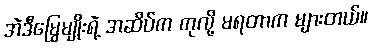
အဲဒီမြွေမျိုးရဲ့ အဆိပ်က ကုလို့ မရတာက များတယ်။